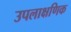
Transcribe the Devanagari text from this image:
उपलाक्षणिक